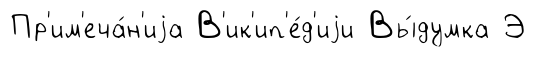
Пр'им'еча́н'иjа В'ик'ип'е́д'иjи Вы́думка Э